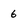
Character: 6